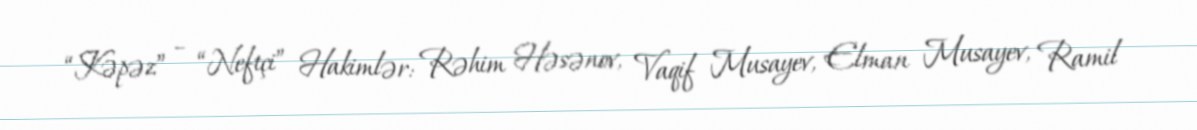
“Kəpəz” – “Neftçi” Hakimlər: Rəhim Həsənov, Vaqif Musayev, Elman Musayev, Ramil